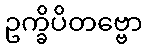
ဥက္ခိပိတဗ္ဗော